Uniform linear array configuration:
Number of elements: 64
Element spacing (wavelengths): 1
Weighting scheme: hann
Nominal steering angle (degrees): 15
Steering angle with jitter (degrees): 16.772
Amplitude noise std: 0.05
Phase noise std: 0.05

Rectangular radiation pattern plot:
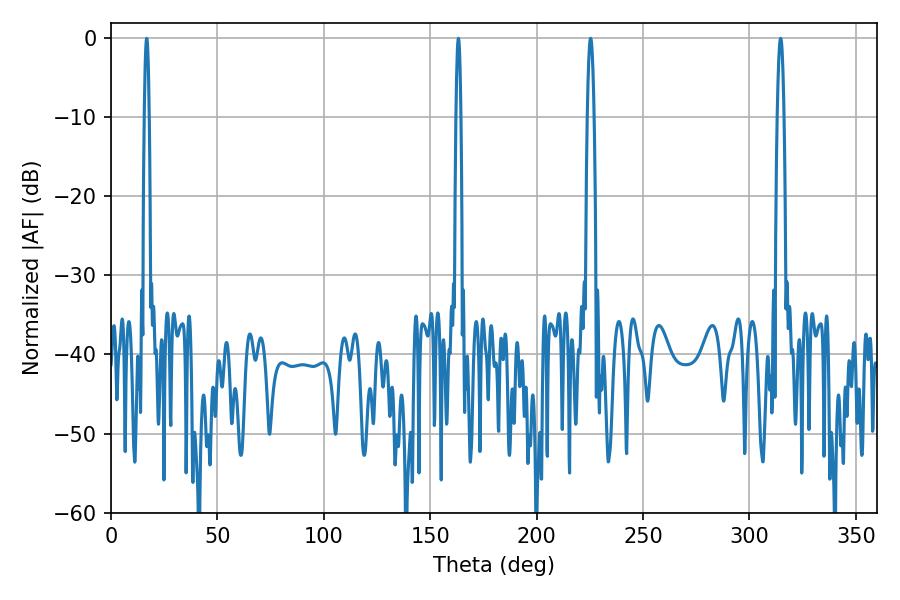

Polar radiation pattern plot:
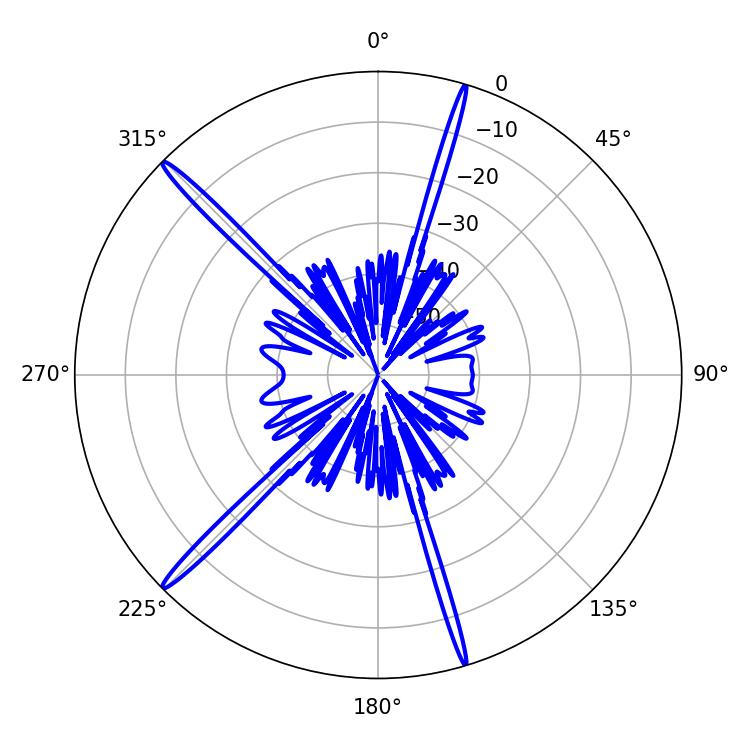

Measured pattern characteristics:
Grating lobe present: TRUE
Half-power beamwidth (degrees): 1.8
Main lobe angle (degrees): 225.36